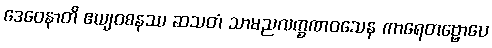
ဒေဝေနာတိ ဧယျဝစနဿ ဆသတံ သာမညလက္ခဏဝသေန ကာရေတဗ္ဗောပေ